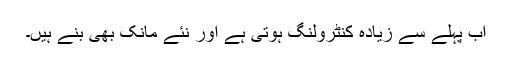
اب پہلے سے زیادہ کنٹرولنگ ہوتی ہے اور نئے مانک بھی بنے ہیں۔